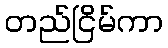
တည်ငြိမ်ကာ